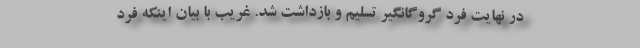
در نهایت فرد گروگانگیر تسلیم و بازداشت شد. غریب با بیان اینکه فرد